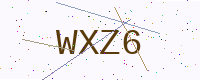
Text: WXZ6